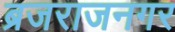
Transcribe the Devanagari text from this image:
ब्रजराजनगर